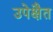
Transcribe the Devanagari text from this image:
उपेक्षैत